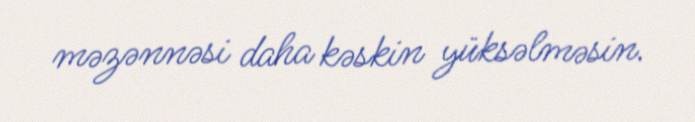
məzənnəsi daha kəskin yüksəlməsin.